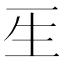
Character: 𤯔